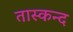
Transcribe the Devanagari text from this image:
तास्कन्द